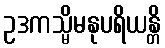
ဥဒကသ္မိမနုပရိယန္တိ